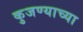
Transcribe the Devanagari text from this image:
कुजण्याच्या